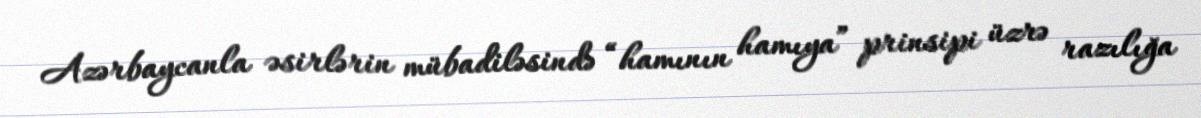
Azərbaycanla əsirlərin mübadiləsində “hamının hamıya” prinsipi üzrə razılığa